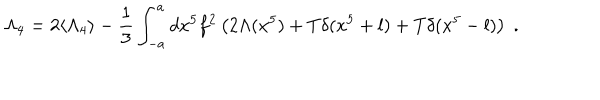
LaTeX: \Lambda _ { 4 } = 2 \langle \Lambda _ { 4 } \rangle - \frac { 1 } { 3 } \int _ { - a } ^ { a } d x ^ { 5 } f ^ { 2 } \left( 2 \Lambda ( x ^ { 5 } ) + T \delta ( x ^ { 5 } + l ) + T \delta ( x ^ { 5 } - l ) \right) \; .